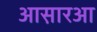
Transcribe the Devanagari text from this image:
आस़ारआ